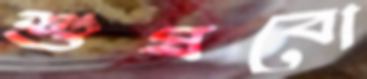
শুষবো